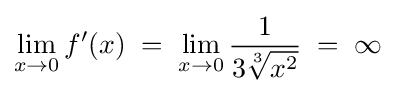
\lim _{x\to 0}f'(x)\;=\;\lim _{x\to 0}{\frac {1}{3{\sqrt[{3}]{x^{2}}}}}\;=\;\infty